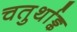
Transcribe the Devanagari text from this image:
चतुर्थाङ्क